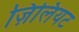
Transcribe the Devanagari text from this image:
ज़िलियट